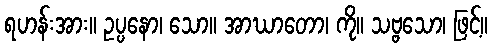
ရဟန်းအား။ ဥပ္ပနော၊ သော။ အာဃာတော၊ ကို။ သဗ္ဗသော၊ ဖြင့်။